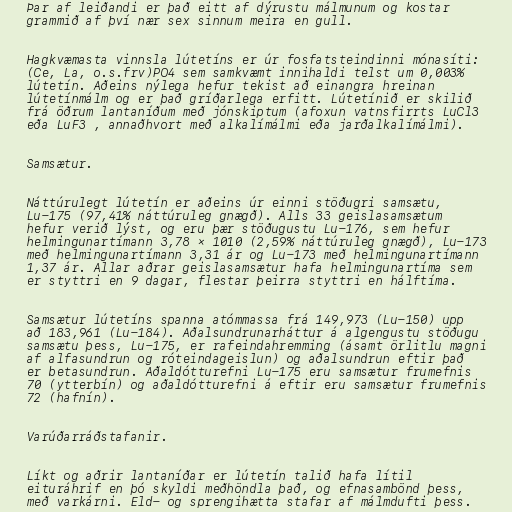
Þar af leiðandi er það eitt af dýrustu málmunum og kostar
grammið af því nær sex sinnum meira en gull.

Hagkvæmasta vinnsla lútetíns er úr fosfatsteindinni mónasíti:
(Ce, La, o.s.frv)PO4 sem samkvæmt innihaldi telst um 0,003%
lútetín. Aðeins nýlega hefur tekist að einangra hreinan
lútetínmálm og er það gríðarlega erfitt. Lútetínið er skilið
frá öðrum lantaníðum með jónskiptum (afoxun vatnsfirrts LuCl3
eða LuF3 , annaðhvort með alkalímálmi eða jarðalkalímálmi).

Samsætur.

Náttúrulegt lútetín er aðeins úr einni stöðugri samsætu,
Lu-175 (97,41% náttúruleg gnægð). Alls 33 geislasamsætum
hefur verið lýst, og eru þær stöðugustu Lu-176, sem hefur
helmingunartímann 3,78 × 1010 (2,59% náttúruleg gnægð), Lu-173
með helmingunartímann 3,31 ár og Lu-173 með helmingunartímann
1,37 ár. Allar aðrar geislasamsætur hafa helmingunartíma sem
er styttri en 9 dagar, flestar þeirra styttri en hálftíma.

Samsætur lútetíns spanna atómmassa frá 149,973 (Lu-150) upp
að 183,961 (Lu-184). Aðalsundrunarháttur á algengustu stöðugu
samsætu þess, Lu-175, er rafeindahremming (ásamt örlitlu magni
af alfasundrun og róteindageislun) og aðalsundrun eftir það
er betasundrun. Aðaldótturefni Lu-175 eru samsætur frumefnis
70 (ytterbín) og aðaldótturefni á eftir eru samsætur frumefnis
72 (hafnín).

Varúðarráðstafanir.

Líkt og aðrir lantaníðar er lútetín talið hafa lítil
eituráhrif en þó skyldi meðhöndla það, og efnasambönd þess,
með varkárni. Eld- og sprengihætta stafar af málmdufti þess.